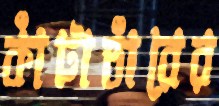
কাঁটাতাঁরের